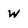
Character: w